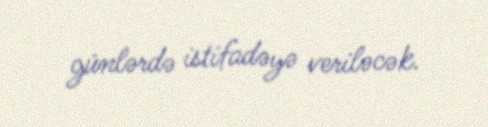
günlərdə istifadəyə veriləcək.